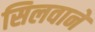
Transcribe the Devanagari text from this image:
सिलवाने